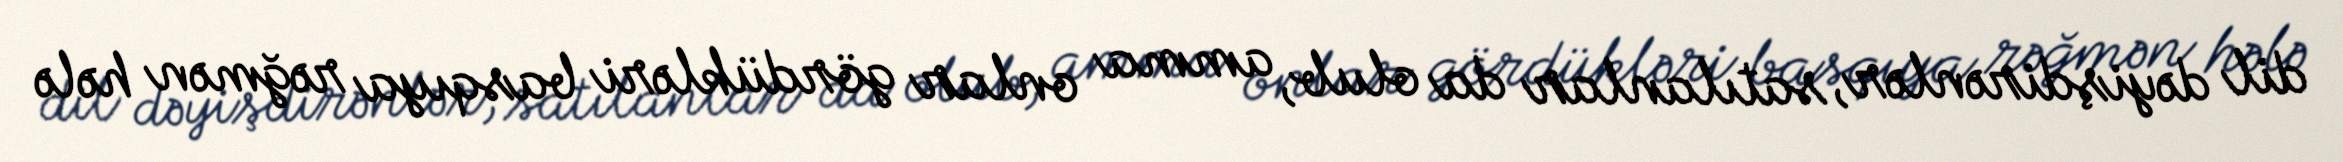
dil dəyişdirənlər, satılanlar da olub, amma onlar gördükləri basqıya rəğmən hələ